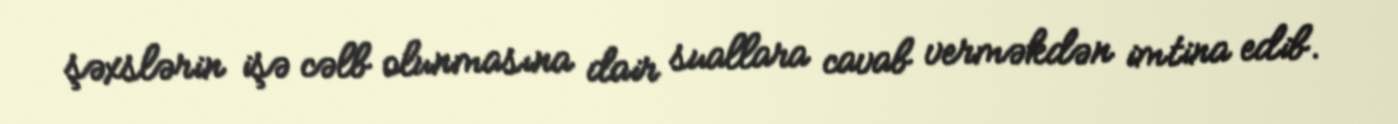
şəxslərin işə cəlb olunmasına dair suallara cavab verməkdən imtina edib.